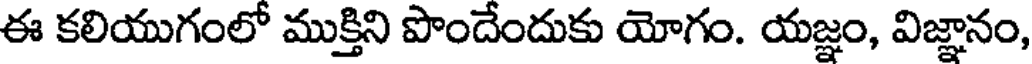
ఈ కలియుగంలో ముక్తిని పొందేందుకు యోగం. యజ్ఞం, విజ్ఞానం,